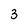
Character: 3